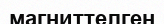
магниттелген